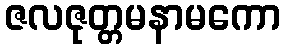
ဇလဇုတ္တမနာမကော